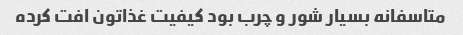
متاسفانه بسیار شور و چرب بود کیفیت غذاتون افت کرده